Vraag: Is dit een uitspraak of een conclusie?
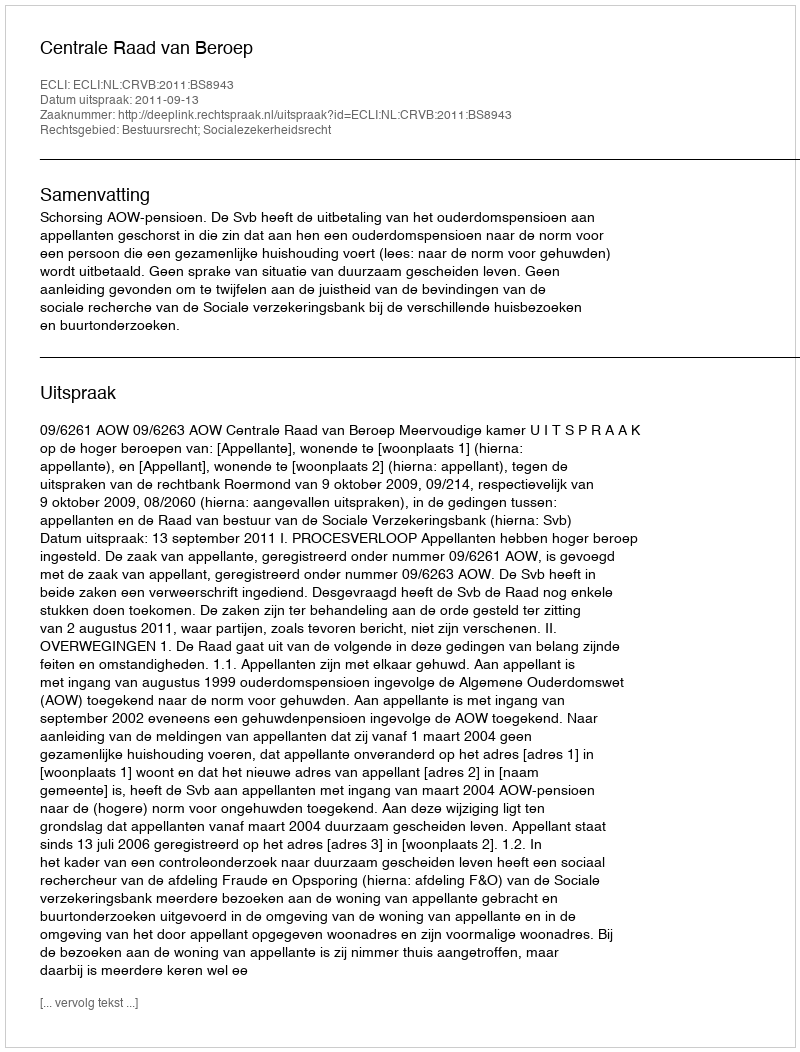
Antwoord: Uitspraak